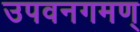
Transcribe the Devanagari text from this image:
उपवनगमण्